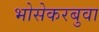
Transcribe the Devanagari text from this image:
भोसेकरबुवा